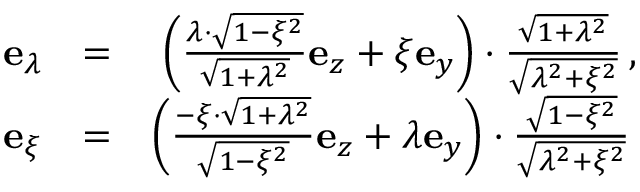
\begin{array} { r l r } { \mathbf { e } _ { \lambda } } & { = } & { \left( \frac { \lambda \cdot \sqrt { 1 - \xi ^ { 2 } } } { \sqrt { 1 + \lambda ^ { 2 } } } \mathbf { e } _ { z } + \xi \mathbf { e } _ { y } \right) \cdot \frac { \sqrt { 1 + \lambda ^ { 2 } } } { \sqrt { \lambda ^ { 2 } + \xi ^ { 2 } } } \, , } \\ { \mathbf { e } _ { \xi } } & { = } & { \left( \frac { - \xi \cdot \sqrt { 1 + \lambda ^ { 2 } } } { \sqrt { 1 - \xi ^ { 2 } } } \mathbf { e } _ { z } + \lambda \mathbf { e } _ { y } \right) \cdot \frac { \sqrt { 1 - \xi ^ { 2 } } } { \sqrt { \lambda ^ { 2 } + \xi ^ { 2 } } } \, } \end{array}